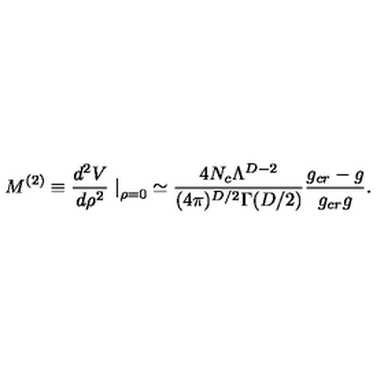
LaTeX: M ^ { ( 2 ) } \equiv \frac { d ^ { 2 } V } { d \rho ^ { 2 } } \left. \right| _ { \rho = 0 } \simeq \frac { 4 N _ { c } \Lambda ^ { D - 2 } } { ( 4 \pi ) ^ { D / 2 } \Gamma ( D / 2 ) } \frac { g _ { c r } - g } { g _ { c r } g } .